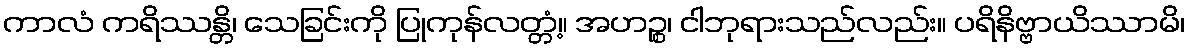
ကာလံ ကရိဿန္တိ၊ သေခြင်းကို ပြုကုန်လတ္တံ့။ အဟဉ္စ၊ ငါဘုရားသည်လည်း။ ပရိနိဗ္ဗာယိဿာမိ၊